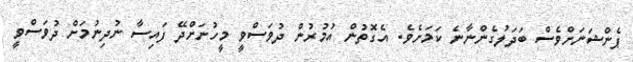
ޕެންޝަނަށްވެސް ބަދަލުގެންނާނެ ކަމަށެވެ. އެގޮތުން އުމުރުން ދުވަސްވީ މީހުނަށްދޭ ފައިސާ ނުދިނުމަށް ދުވަސްވީ